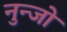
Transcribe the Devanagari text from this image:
नुन्जो